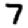
Digit: 7